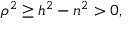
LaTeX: \rho ^ { 2 } \geq h ^ { 2 } - n ^ { 2 } > 0 ,